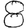
Digit: 8